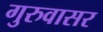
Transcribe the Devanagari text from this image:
गुरुवासर